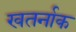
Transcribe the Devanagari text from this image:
खतर्नाक